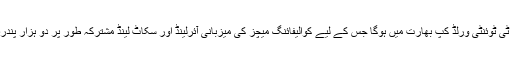
دو ہزار سولہ کا ٹی ٹوئنٹی ورلڈ کپ بھارت میں ہوگا جس کے لیے کوالیفائنگ میچز کی میزبانی آئرلینڈ اور سکاٹ لینڈ مشترکہ طور پر دو ہزار پندرہ میں کریں گے۔